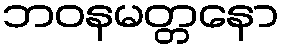
ဘဝနမတ္တနော